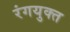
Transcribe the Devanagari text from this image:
रंगयुक्त